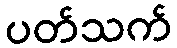
ပတ်သက်